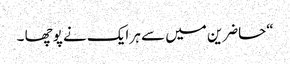
“حاضرین میں سے ہر ایک نے پوچھا ۔